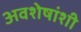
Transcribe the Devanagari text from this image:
अवशेषांशी